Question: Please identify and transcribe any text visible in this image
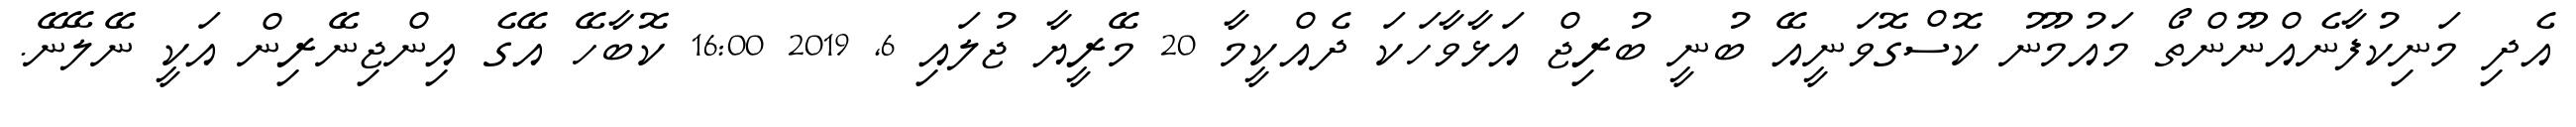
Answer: އެދި މަނިކުފާނެއްނޫންތޯ މައުމޫނު ކޮސްގޮވަނީއޭ ބުނީ ބުރިޖް އަޅާވާހަކަ ދެއްކީމާ 20 މޭރީޔާ ޖުލައި 6, 2019 16:00 ކޮބާހޭ އޭގެ އިންޖިނޭރިން އަކީ ނޭލޭނޭ.